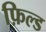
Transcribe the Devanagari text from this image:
फ़िल्ड